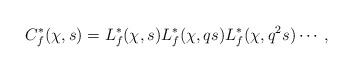
LaTeX: \begin{align*}C_f^*(\chi,s)= L_f^*(\chi,s) L_f^*(\chi,qs)L_f^*(\chi,q^2s) \cdots,\end{align*}